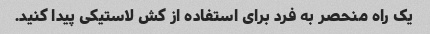
یک راه منحصر به فرد برای استفاده از کش لاستیکی پیدا کنید.